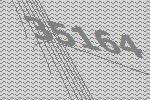
35164